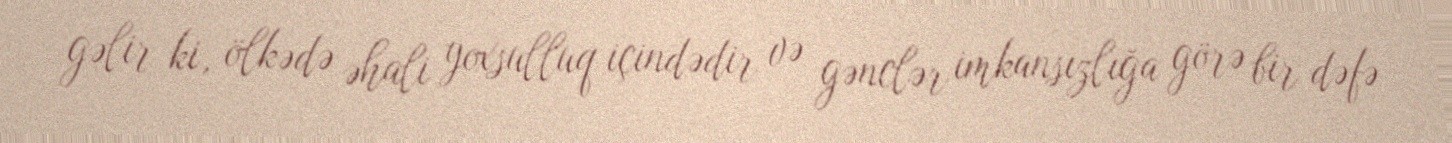
gəlir ki, ölkədə əhali yoxsulluq içindədir və gənclər imkansızlığa görə bir dəfə